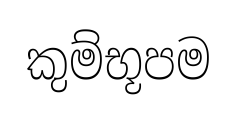
කුම්භූපම